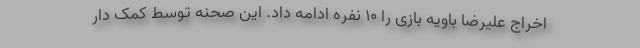
اخراج علیرضا باویه بازی را ۱۰ نفره ادامه داد. این صحنه توسط کمک دار